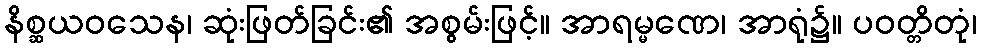
နိစ္ဆယဝသေန၊ ဆုံးဖြတ်ခြင်း၏ အစွမ်းဖြင့်။ အာရမ္မဏေ၊ အာရုံ၌။ ပဝတ္တိတုံ၊